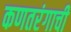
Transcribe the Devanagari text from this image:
कणतरंगाची